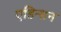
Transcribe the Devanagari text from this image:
एडिन्सन